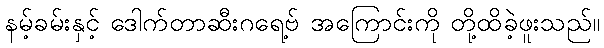
နမ့်ခမ်းနှင့် ဒေါက်တာဆီးဂရေ့ဗ် အကြောင်းကို တို့ထိခဲ့ဖူးသည်။